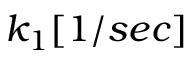
k _ { 1 } [ 1 / s e c ]